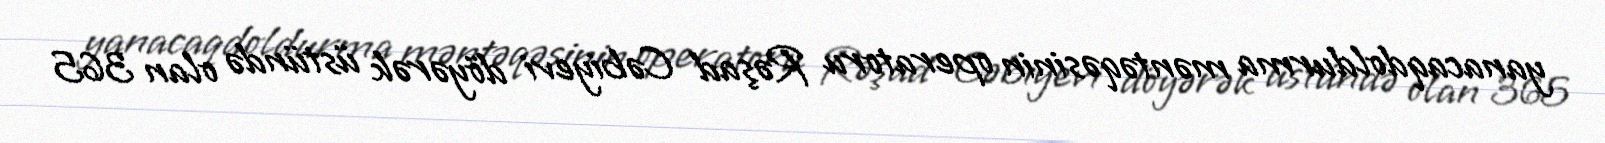
yanacaqdoldurma məntəqəsinin operatoru Rəşad Cəbiyevi döyərək üstündə olan 365